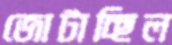
জোটাচ্ছিল